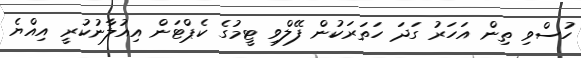
ހުސްވި ތިން އަހަރު ގަދަ ހަތަރަކުން ފޭލްވި ޓީމުގެ ކެޕްޓަން އިއުލާނުކުރީ އިއްޔެ